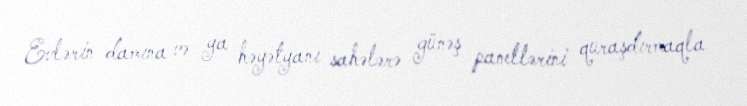
Evlərin damına və ya həyətyanı sahələrə günəş panellərini quraşdırmaqla